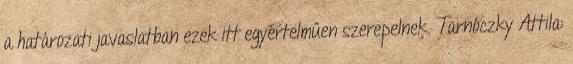
a határozati javaslatban ezek itt egyértelműen szerepelnek. Tarnóczky Attila: